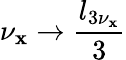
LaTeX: \nu_{\mathbf{x}}\rightarrow\frac{{l_{3\nu_{\mathbf{x}}}}}{{3}}